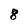
Character: 8